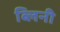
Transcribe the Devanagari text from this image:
ब्लिनी